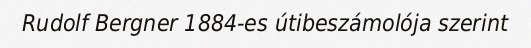
Rudolf Bergner 1884-es útibeszámolója szerint